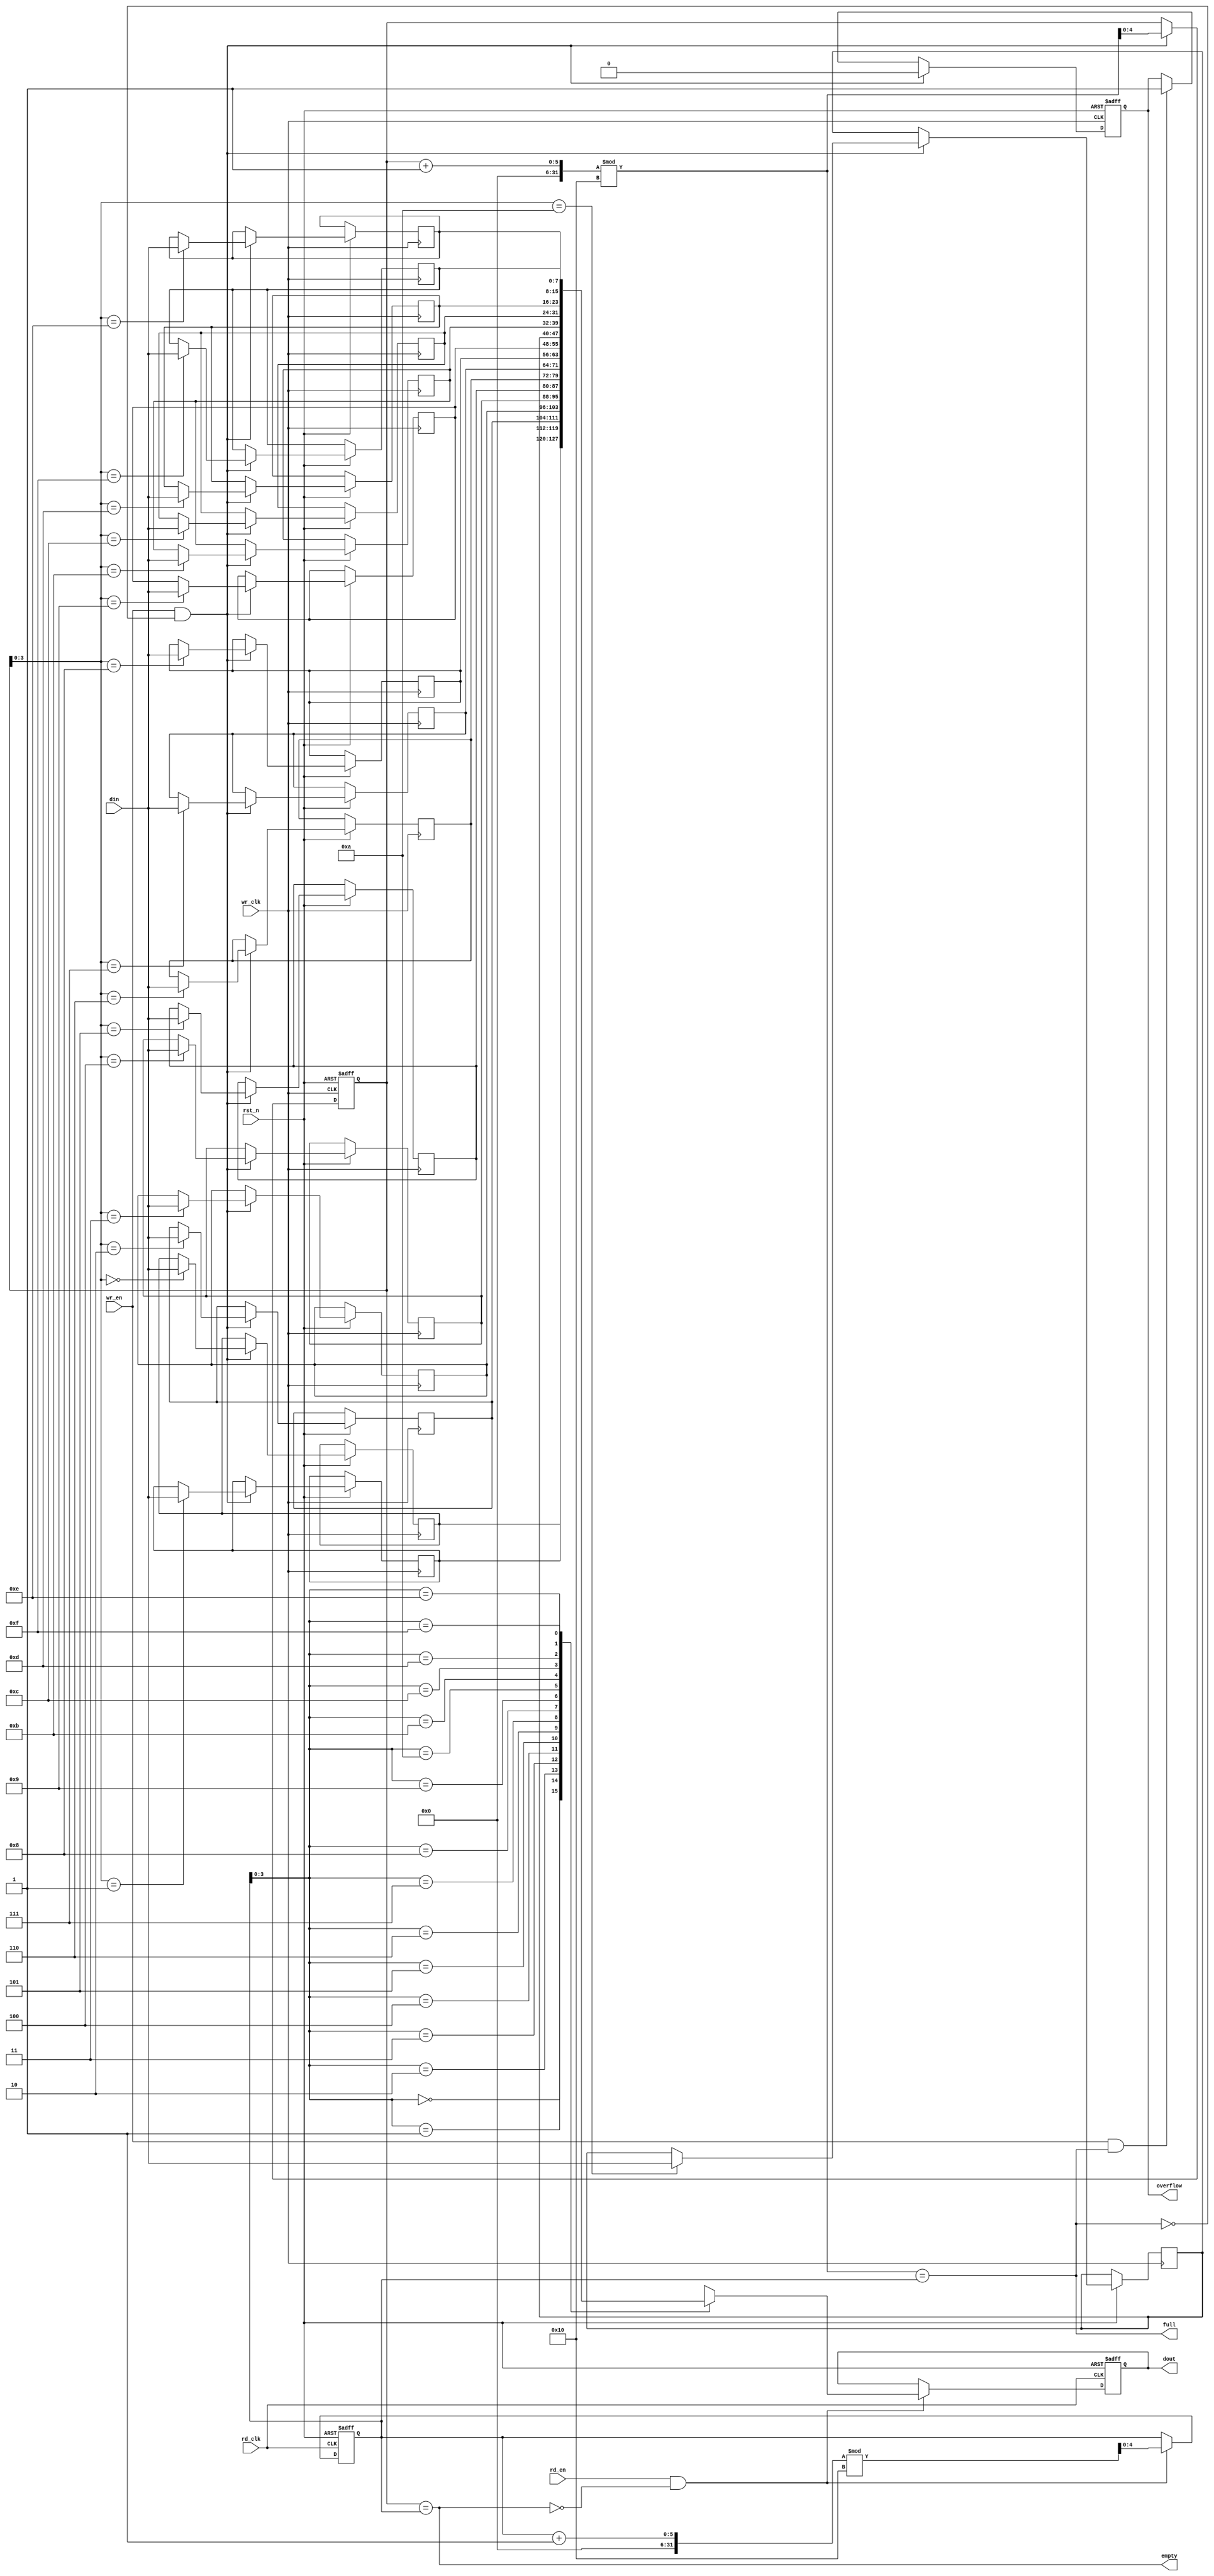
module async_fifo #(
    parameter DATA_WIDTH = 8,       // Width of the data
    parameter FIFO_DEPTH = 16        // Depth of the FIFO (must be a power of 2)
) (
    input wire wr_clk,               // Write clock
    input wire rd_clk,               // Read clock
    input wire rst_n,                // Active low reset
    input wire wr_en,                // Write enable
    input wire rd_en,                // Read enable
    input wire [DATA_WIDTH-1:0] din, // Data input
    output reg [DATA_WIDTH-1:0] dout,// Data output
    output reg full,                 // FIFO full flag
    output reg empty,                // FIFO empty flag
    output reg overflow               // FIFO overflow flag
);

    // Memory block: circular buffer
    reg [DATA_WIDTH-1:0] fifo_mem [0:FIFO_DEPTH-1];
    reg [4:0] wr_ptr = 0;            // Write pointer
    reg [4:0] rd_ptr = 0;            // Read pointer
    reg [4:0] wr_ptr_sync = 0;       // Synchronized write pointer
    reg [4:0] rd_ptr_sync = 0;       // Synchronized read pointer

    // Status flag management
    always @(*) begin
        full = (wr_ptr + 1) % FIFO_DEPTH == rd_ptr;
        empty = (wr_ptr == rd_ptr);
    end

    // Write logic
    always @(posedge wr_clk or negedge rst_n) begin
        if (!rst_n) begin
            wr_ptr <= 0;
            overflow <= 0;
        end else if (wr_en && !full) begin
            fifo_mem[wr_ptr] <= din;
            wr_ptr <= (wr_ptr + 1) % FIFO_DEPTH;
            overflow <= 0;
        end else if (wr_en && full) begin
            overflow <= 1; // Indicate overflow
        end
    end

    // Read logic
    always @(posedge rd_clk or negedge rst_n) begin
        if (!rst_n) begin
            rd_ptr <= 0;
            dout <= 0;
        end else if (rd_en && !empty) begin
            dout <= fifo_mem[rd_ptr];
            rd_ptr <= (rd_ptr + 1) % FIFO_DEPTH;
        end
    end

    // Synchronize write pointer to read clock domain
    always @(posedge rd_clk or negedge rst_n) begin
        if (!rst_n) begin
            wr_ptr_sync <= 0;
        end else begin
            wr_ptr_sync <= wr_ptr; // Synchronize write pointer
        end
    end

    // Synchronize read pointer to write clock domain
    always @(posedge wr_clk or negedge rst_n) begin
        if (!rst_n) begin
            rd_ptr_sync <= 0;
        end else begin
            rd_ptr_sync <= rd_ptr; // Synchronize read pointer
        end
    end

endmodule